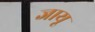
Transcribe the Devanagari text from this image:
जायू